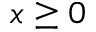
x \geq 0